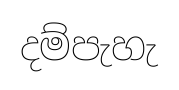
දම්පැහැ